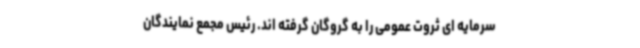
سرمایه ای ثروت عمومی را به گروگان گرفته اند. رئیس مجمع نمایندگان